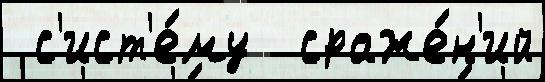
 с'ист'е́му  сраже́н'ий